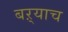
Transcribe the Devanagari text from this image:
बऱ्‍याच